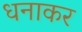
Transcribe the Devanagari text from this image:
धनाकर